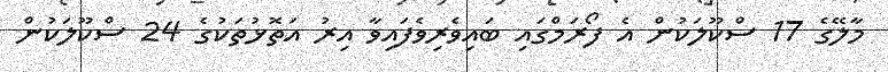
މާލޭގެ 17 ސްކޫލަކުން އެ ފޯރަމްގައި ބައިވެރިވެފައިވާ އިރު އަތޮޅުތަކުގެ 24 ސްކޫލަކުން